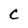
Character: C